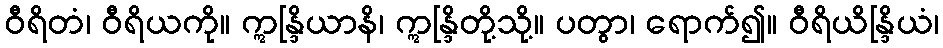
ဝီရိတံ၊ ဝီရိယကို။ ဣန္ဒြိယာနိ၊ ဣန္ဒြိတို့သို့။ ပတွာ၊ ရောက်၍။ ဝီရိယိန္ဒြိယံ၊